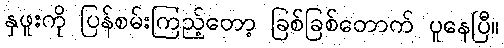
နှဖူးကို ပြန်စမ်းကြည့်တော့ ခြစ်ခြစ်တောက် ပူနေပြီ။